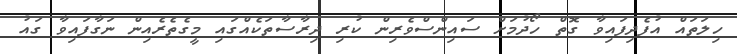
ހިލަތައް އުފެދިފައިވާ ގޮތް ހޯދުމަށް ސައިންސްވެރިން ކުރި ދިރާސާތަކެއްގައި މީގެތެރެއިން ނަގާފައިވާ ގައު